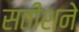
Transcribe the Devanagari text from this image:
सतीशने